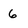
Character: 6